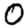
Digit: 0